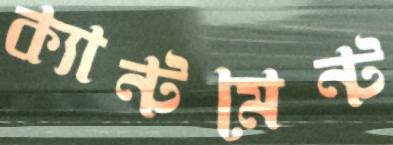
ক্যান্টমেন্ট